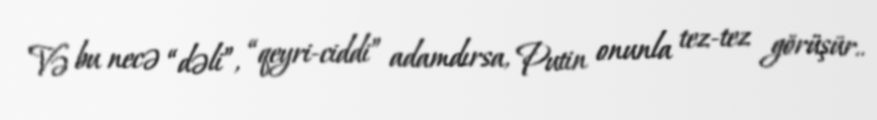
Və bu necə “dəli”, “qeyri-ciddi” adamdırsa, Putin onunla tez-tez görüşür..